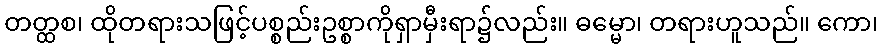
တတ္ထစ၊ ထိုတရားသဖြင့်ပစ္စည်းဥစ္စာကိုရှာမှီးရာ၌လည်း။ ဓမ္မော၊ တရားဟူသည်။ ကော၊